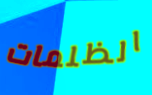
الظلمات